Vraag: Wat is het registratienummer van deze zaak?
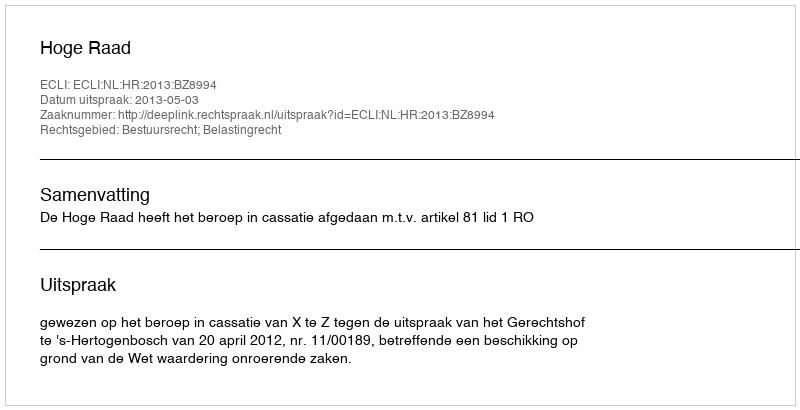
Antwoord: http://deeplink.rechtspraak.nl/uitspraak?id=ECLI:NL:HR:2013:BZ8994